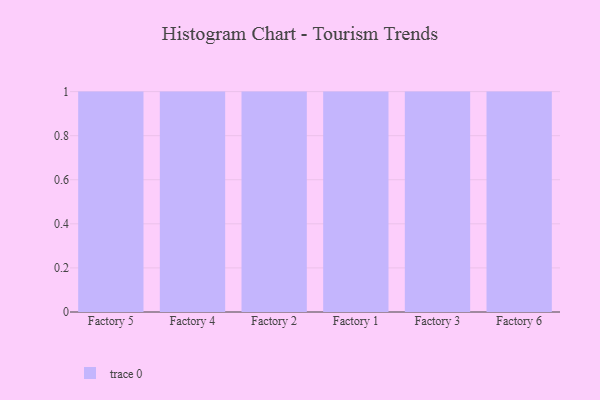
{"axis": {"x": "Factory", "y": "Tickets Resolved"}, "legend": [""], "data": [{"x": "Factory 5", "y": 47, "type": ""}, {"x": "Factory 4", "y": 50, "type": ""}, {"x": "Factory 2", "y": 73, "type": ""}, {"x": "Factory 1", "y": 16, "type": ""}, {"x": "Factory 3", "y": 26, "type": ""}, {"x": "Factory 6", "y": 74, "type": ""}]}